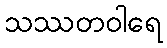
သဿတဝါရေ